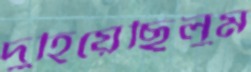
দুহিয়েছিলুম